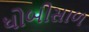
ધોબીસાળ